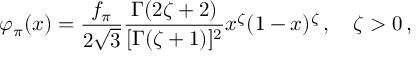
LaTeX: \varphi _ { \pi } ( x ) = \frac { f _ { \pi } } { 2 \sqrt { 3 } } \frac { \Gamma ( 2 \zeta + 2 ) } { [ \Gamma ( \zeta + 1 ) ] ^ { 2 } } x ^ { \zeta } ( 1 - x ) ^ { \zeta } \, , \quad \zeta > 0 \, ,